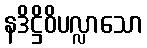
နဒိဋ္ဌိဝိပလ္လာသော